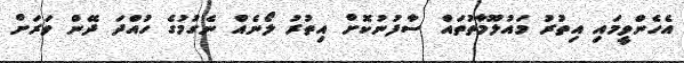
އެހެންވީމައި އިތުރު މައުލޫމާތުތައް ސާފުނުކޮށް އިތުރު ލޯނެއް ނެގުމުގެ ހުއްދަ ދޭން ވަރަށް